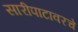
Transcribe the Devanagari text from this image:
सारीपाटावरचे